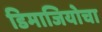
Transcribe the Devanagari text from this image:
डिमाजियोचा